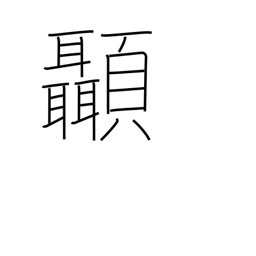
Meaning: temple (of head)